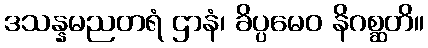
ဒသန္နမညတရံ ဌာနံ၊ ခိပ္ပမေဝ နိဂစ္ဆတိ။